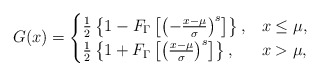
\begin{align*}G(x)=\begin{cases}\frac{1}{2}\left\{1 - F_\Gamma\left[\left(-\frac{x-\mu}{\sigma}\right)^s\right]\right\},&x\leq\mu, \\\frac{1}{2}\left\{1 + F_\Gamma\left[\left(\frac{x-\mu}{\sigma}\right)^s\right]\right\},&x>\mu,\end{cases}\end{align*}